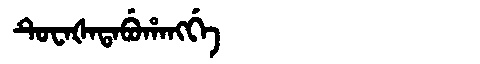
Manchu: ᡨᡠᠸᠠᡧᠠᡨᠠᠪᡠᡥᠠᠩᡤᡝ
Romanization: TUWAŠATABUHANGGE